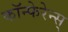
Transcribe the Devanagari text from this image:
कॉन्फेरेन्स्